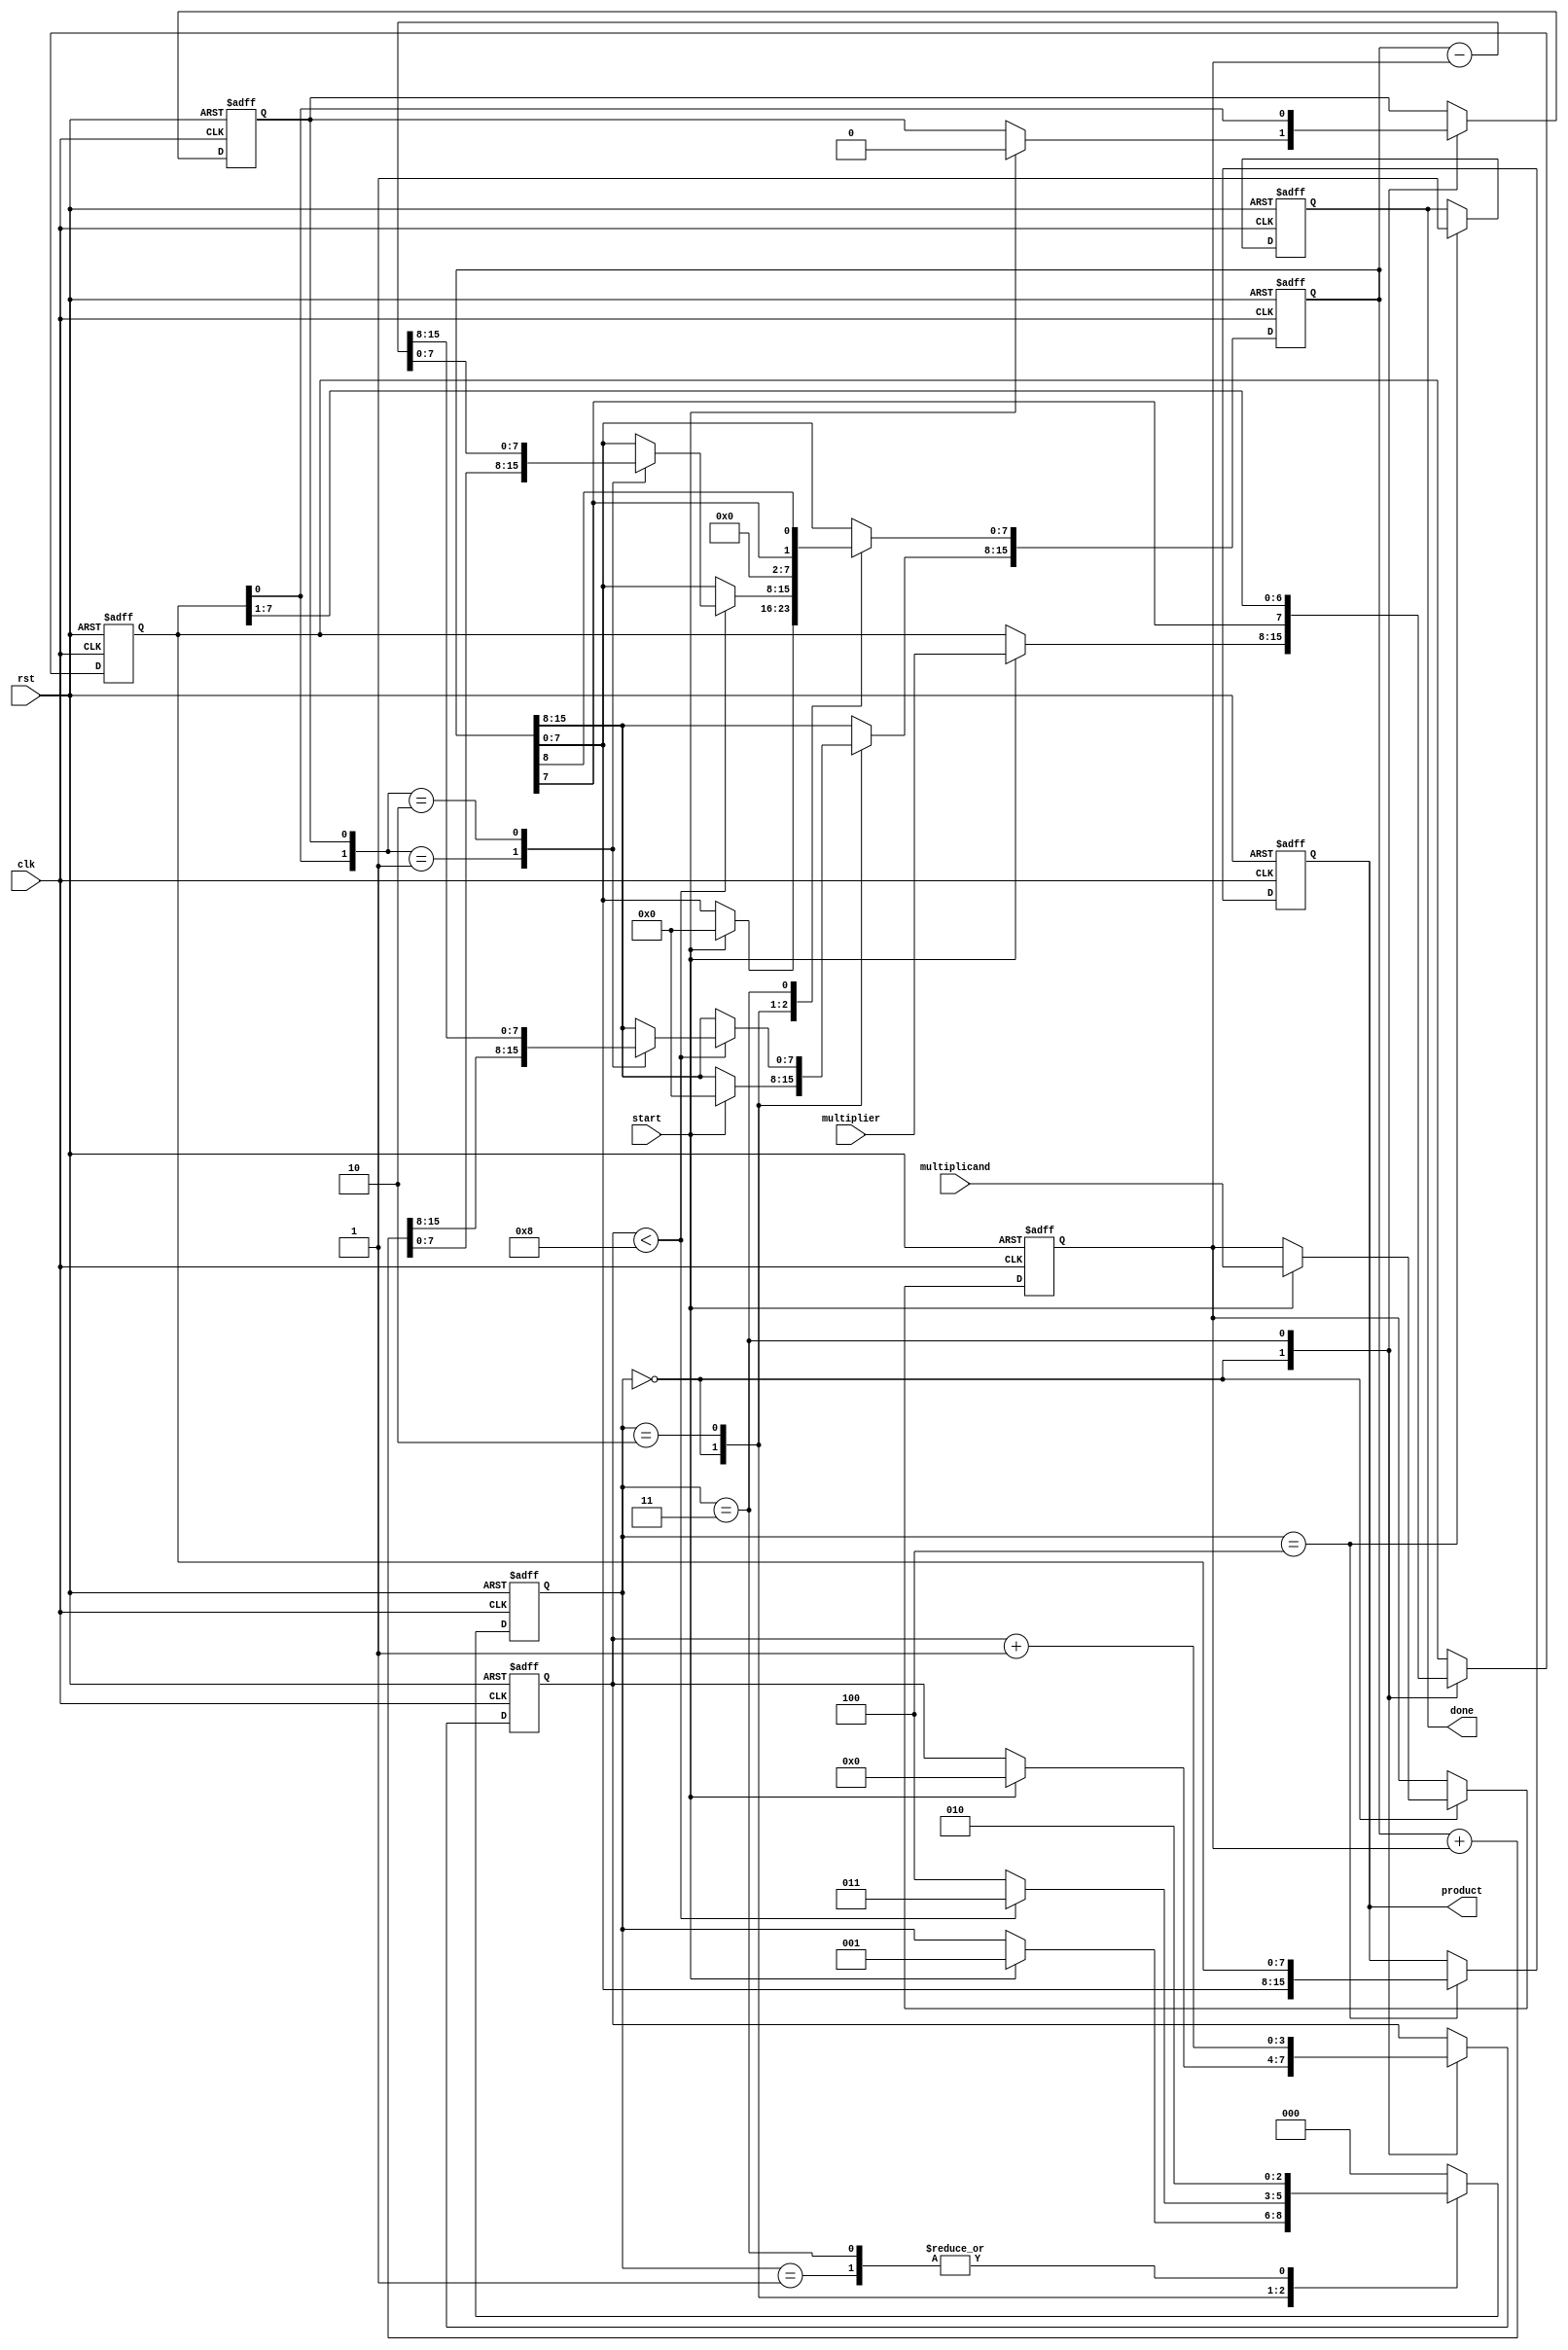
module booth_multiplier #(parameter N = 8) (
    input signed [N-1:0] multiplicand,
    input signed [N-1:0] multiplier,
    input start,
    input clk,
    input rst,
    output reg signed [2*N-1:0] product,
    output reg done
);

    reg signed [N-1:0] M;      // Multiplicand register
    reg signed [N-1:0] Q;      // Multiplier register
    reg signed [2*N-1:0] A;    // Accumulator register
    reg Q_1;                   // Previous LSB
    reg [2:0] state;           // State for FSM
    reg [3:0] count;           // Loop counter

    localparam IDLE = 3'b000,
               LOAD = 3'b001,
               EXECUTE = 3'b010,
               SHIFT = 3'b011,
               DONE = 3'b100;

    always @(posedge clk or posedge rst) begin
        if (rst) begin
            state <= IDLE;
            product <= 0;
            done <= 0;
            A <= 0;
            Q <= 0;
            M <= 0;
            Q_1 <= 0;
            count <= 0;
        end else begin
            case (state)
                IDLE: begin
                    if (start) begin
                        M <= multiplicand;
                        Q <= multiplier;
                        A <= 0;
                        Q_1 <= 0;
                        count <= 0;
                        state <= LOAD;
                    end
                end

                LOAD: begin
                    // Initialization complete, move to execute
                    state <= EXECUTE;
                end

                EXECUTE: begin
                    if (count < N) begin
                        case ({Q[0], Q_1})
                            2'b01: A <= A + M;   // A = A + M
                            2'b10: A <= A - M;   // A = A - M
                            default: ;            // No operation
                        endcase
                        state <= SHIFT;
                    end else begin
                        state <= DONE;
                    end
                end

                SHIFT: begin
                    // Arithmetic right shift: combine A and Q
                    {A[N-1:0], Q} <= {A[N-1], A[N-1:N], Q[N-1:1]};
                    Q_1 <= Q[0]; // Update Q-1
                    count <= count + 1;
                    state <= EXECUTE; // Go back to execute
                end

                DONE: begin
                    product <= {A, Q}; // Final product
                    done <= 1;         // Indicate completion
                    state <= IDLE;     // Reset to IDLE
                end

                default: state <= IDLE; // Safety default
            endcase
        end
    end

endmodule